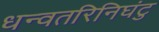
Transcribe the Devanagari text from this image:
धन्वतरिनिघंटु